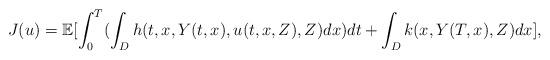
LaTeX: \begin{align*}J(u)= \mathbb{E}[\int_0^T (\int_Dh(t,x,Y(t,x),u(t,x,Z),Z)dx)dt +\int_Dk(x,Y(T,x),Z)dx],\end{align*}